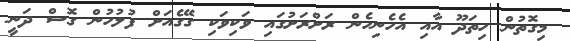
މިގޮތުން ހިތަދޫ އާއި އެހެނިހެން ރަށްރަށުގައި ވަކިވަކި ގޭގެއަށް ފުލުހުން ގޮސް ދަނީ